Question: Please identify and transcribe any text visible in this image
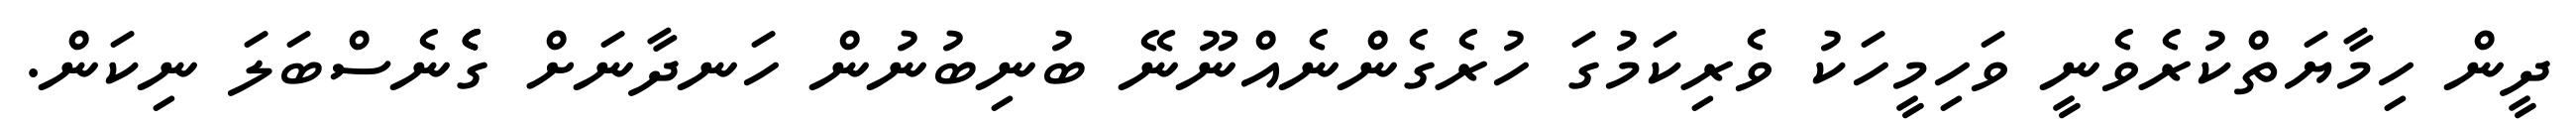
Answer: ދީން ހިމާޔަތްކުރެވެނީ ވަހިމީހަކު ވެރިކަމުގަ ހުރެގެންނެއްނޫނޭ ބުނިބުނުން ހަނދާނަށް ގެެެނެސްބަލަ ނިކަން.